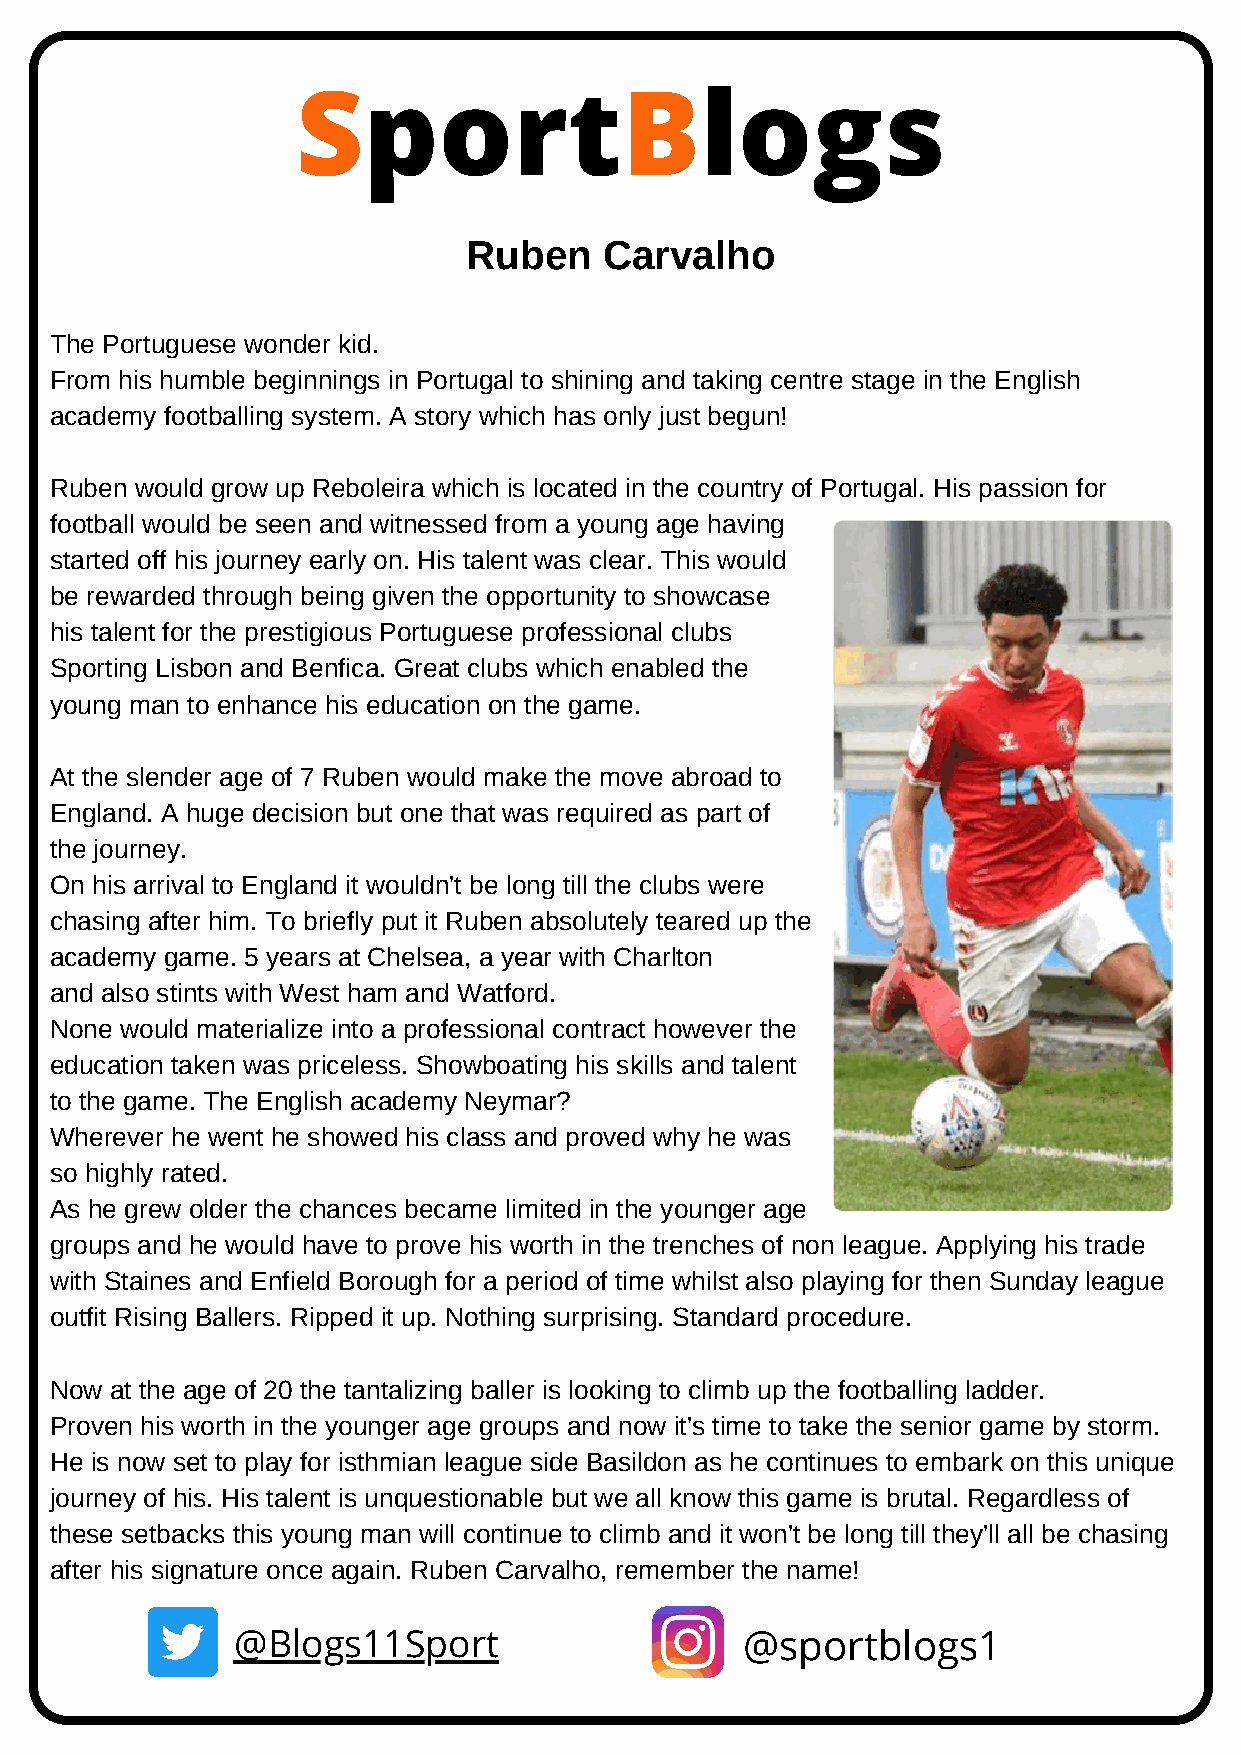
SportBlogs
 Ruben    Carvalho
 The Portuguese wonder kid.
 From his humble beginnings in Portugal to shining and taking centre stage in the English
 academy footballing system. A story which has only just begun!
 Ruben would grow up Reboleira which is located in the country of Portugal. His passion for
 football would be seen and witnessed from a young age having
 started off his journey early on. His talent was clear. This would
 be rewarded through being given the opportunity to showcase
 his talent for the prestigious Portuguese professional clubs
 Sporting Lisbon and Benfica. Great clubs which enabled the
 young man to enhance his education on the game.
 At the slender age of 7 Ruben would make the move abroad to
 England. A huge decision but one that was required as part of
 the journey.
 On his arrival to England it wouldn't be long till the clubs were
 chasing after him. To briefly put it Ruben absolutely teared up the
 academy game. 5 years at Chelsea, a year with Charlton
 and also stints with West ham and Watford.
 None would materialize into a professional contract however the
 education taken was priceless. Showboating his skills and talent
 to the game. The English academy Neymar?
 Wherever he went he showed his class and proved why he was
 so highly rated.
 As he grew older the chances became limited in the younger age
 groups and he would have to prove his worth in the trenches of non league. Applying his trade
 with Staines and Enfield Borough for a period of time whilst also playing for then Sunday league
 outfit Rising Ballers. Ripped it up. Nothing surprising. Standard procedure.
 Now at the age of 20 the tantalizing baller is looking to climb up the footballing ladder.
 Proven his worth in the younger age groups and now it's time to take the senior game by storm.
 He is now set to play for isthmian league side Basildon as he continues to embark on this unique
 journey of his. His talent is unquestionable but we all know this game is brutal. Regardless of
 these setbacks this young man will continue to climb and it won't be long till they'll all be chasing
 after his signature once again. Ruben Carvalho, remember the name!
 @Blogs11Sport                     @sportblogs1